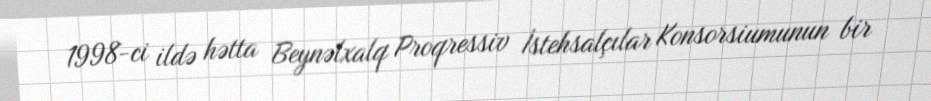
1998-ci ildə hətta Beynəlxalq Proqressiv İstehsalçılar Konsorsiumunun bir